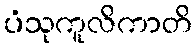
ပံသုကူလိကာတိ